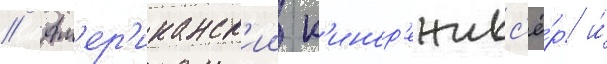
// Ам'ер'иканск'ии к'инор'ежисс'ё́р и́